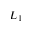
L _ { 1 }